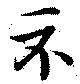
示